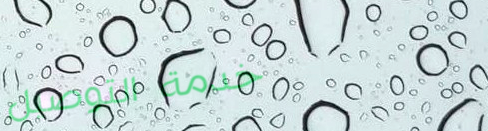
خدمة التوصيل